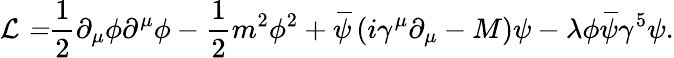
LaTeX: \mathcal{L=}\frac{1}{2}\partial_{\mu}\phi\partial^{\mu}\phi-\frac{1}{2}m^{2}\phi^{2}+\, \overline{{\! {\psi}}}\left(i\gamma^{\mu}\partial_{\mu}-M\right)\psi-\lambda\phi\, \overline{{\! {\psi}}}\gamma^{5}\psi.